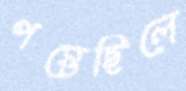
পস্তেছিলে